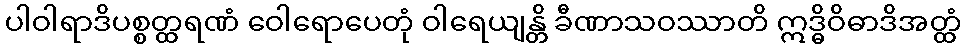
ပါဝါရာဒိပစ္စတ္ထရဏံ ဝေါရောပေတုံ ဝါရေယျန္တိ ခီဏာသဝဿာတိ ဣဒ္ဓိဝိဓာဒိအတ္ထံ